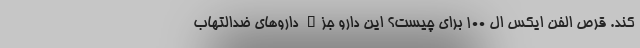
کند. قرص الفن ایکس ال 100 برای چیست؟ این دارو جزء داروهای ضدالتهاب